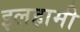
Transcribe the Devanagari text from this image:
इलहामी